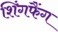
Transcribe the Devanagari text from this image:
शिंगफैंग